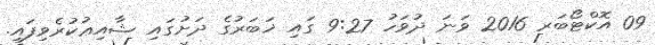
09 އޮކްޓޯބަރ 2016 ވަނަ ދުވަހު 9:27 ގައި ޚަބަރުގެ ދަށުގައި ޝާއިޢުކުރެވިފައި.